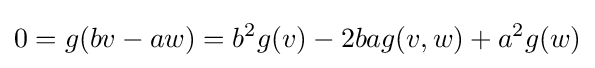
0=g(bv-aw)=b^{2}g(v)-2bag(v,w)+a^{2}g(w)